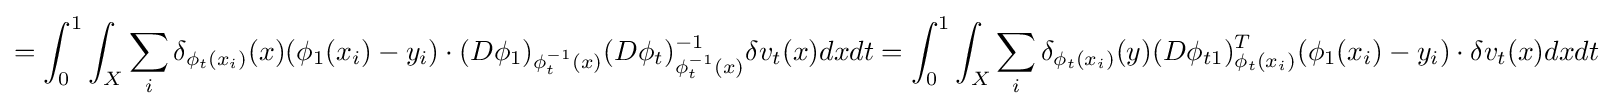
=\int _{0}^{1}\int _{X}\sum _{i}\delta _{\phi _{t}(x_{i})}(x)(\phi _{1}(x_{i})-y_{i})\cdot (D\phi _{1})_{\phi _{t}^{-1}(x)}(D\phi _{t})_{\phi _{t}^{-1}(x)}^{-1}\delta v_{t}(x)dxdt=\int _{0}^{1}\int _{X}\sum _{i}\delta _{\phi _{t}(x_{i})}(y)(D\phi _{t1})_{\phi _{t}(x_{i})}^{T}(\phi _{1}(x_{i})-y_{i})\cdot \delta v_{t}(x)dxdt